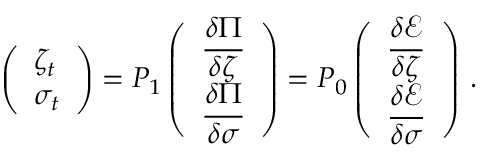
\left( \begin{array} { l } { \medskip \zeta _ { t } } \\ { \sigma _ { t } } \end{array} \right) = P _ { 1 } \left( \begin{array} { l } { \medskip \displaystyle \frac { \delta \Pi } { \delta \zeta } } \\ { \displaystyle \frac { \delta \Pi } { \delta \sigma } } \end{array} \right) = P _ { 0 } \left( \begin{array} { l } { \medskip \displaystyle \frac { \delta \mathcal E } { \delta \zeta } } \\ { \displaystyle \frac { \delta \mathcal E } { \delta \sigma } } \end{array} \right) \, .